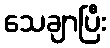
သေချာပြီး